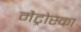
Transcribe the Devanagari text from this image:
मैट्रोस्का